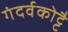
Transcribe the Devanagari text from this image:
गंदर्वकोट्टै